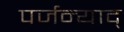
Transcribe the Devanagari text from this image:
पर्जन्याद्‌